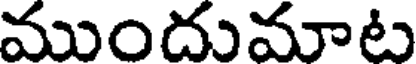
ముందుమాట